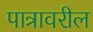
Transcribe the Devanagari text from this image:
पात्रावरील